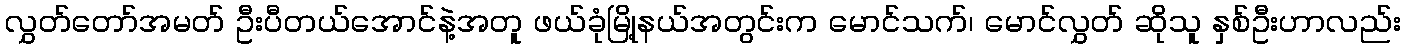
လွှတ်တော်အမတ် ဦးပီတယ်အောင်နဲ့အတူ ဖယ်ခုံမြို့နယ်အတွင်းက မောင်သက်၊ မောင်လွှတ် ဆိုသူ နှစ်ဦးဟာလည်း